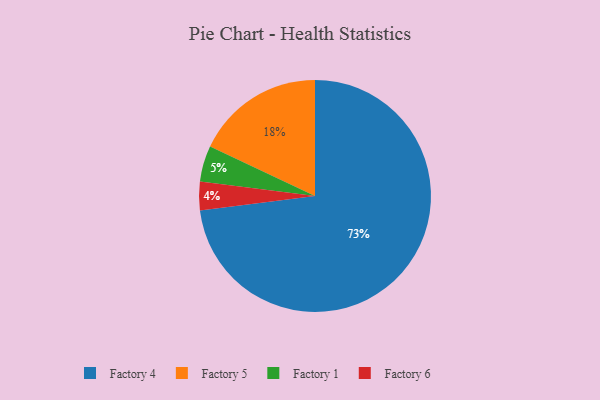
{"axis": {"x": "Category", "y": "Percentage"}, "legend": ["Factory 1", "Factory 4", "Factory 5", "Factory 6"], "data": [{"x": "Factory 4", "y": 73, "type": "Factory 4"}, {"x": "Factory 6", "y": 4, "type": "Factory 6"}, {"x": "Factory 5", "y": 18, "type": "Factory 5"}, {"x": "Factory 1", "y": 5, "type": "Factory 1"}]}